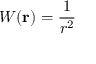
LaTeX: W ( { \bf r } ) = \frac { 1 } { r ^ { 2 } } \;